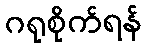
ဂရုစိုက်ရန်